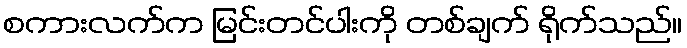
စကားလက်က မြင်းတင်ပါးကို တစ်ချက် ရိုက်သည်။